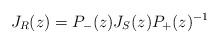
LaTeX: \begin{align*} J_R(z) = P_-(z)J_S(z)P_+(z)^{-1} \end{align*}